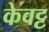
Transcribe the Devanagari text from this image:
केवट्ट